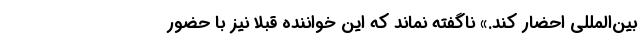
بین‌المللی احضار کند.» ناگفته نماند که این خواننده قبلاً نیز با حضور